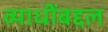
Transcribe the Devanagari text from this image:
व्याधींबद्दल